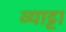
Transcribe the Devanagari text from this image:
व्याट्टा